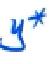
$y^{*}$